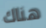
هناك